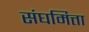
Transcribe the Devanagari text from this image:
संघमित्ता